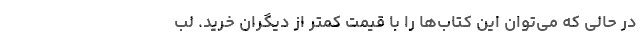
در حالی که می‌توان این کتاب‌ها را با قیمت کمتر از دیگران خرید. لب